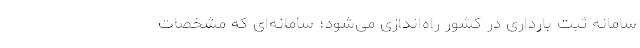
سامانه ثبت بارداری در کشور راه‌اندازی می‌شود؛ سامانه‌ای که مشخصات